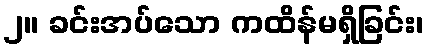
၂။ ခင်းအပ်သော ကထိန်မရှိခြင်း၊